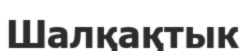
Шалқақтык